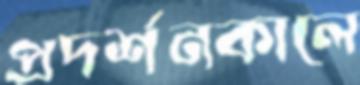
প্রদর্শনকালে